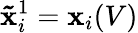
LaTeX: \mathbf{\tilde{x}}_{i}^{1}=\mathbf{x}_{i}(V)